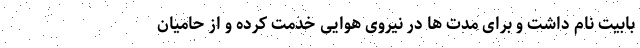
بابیت نام داشت و برای مدت ها در نیروی هوایی خدمت کرده و از حامیان